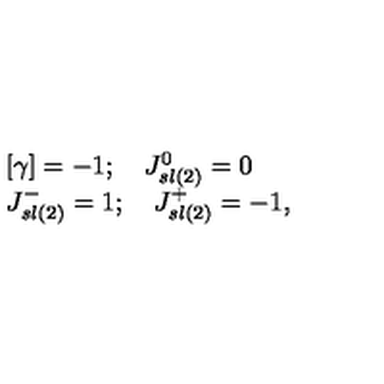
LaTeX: \begin{array} { l c r } { \lbrack \gamma \rbrack = - 1 ; \quad J _ { s l ( 2 ) } ^ { 0 } = 0 } \\ { J _ { s l ( 2 ) } ^ { - } = 1 ; \quad J _ { s l ( 2 ) } ^ { + } = - 1 , } \\ \end{array}